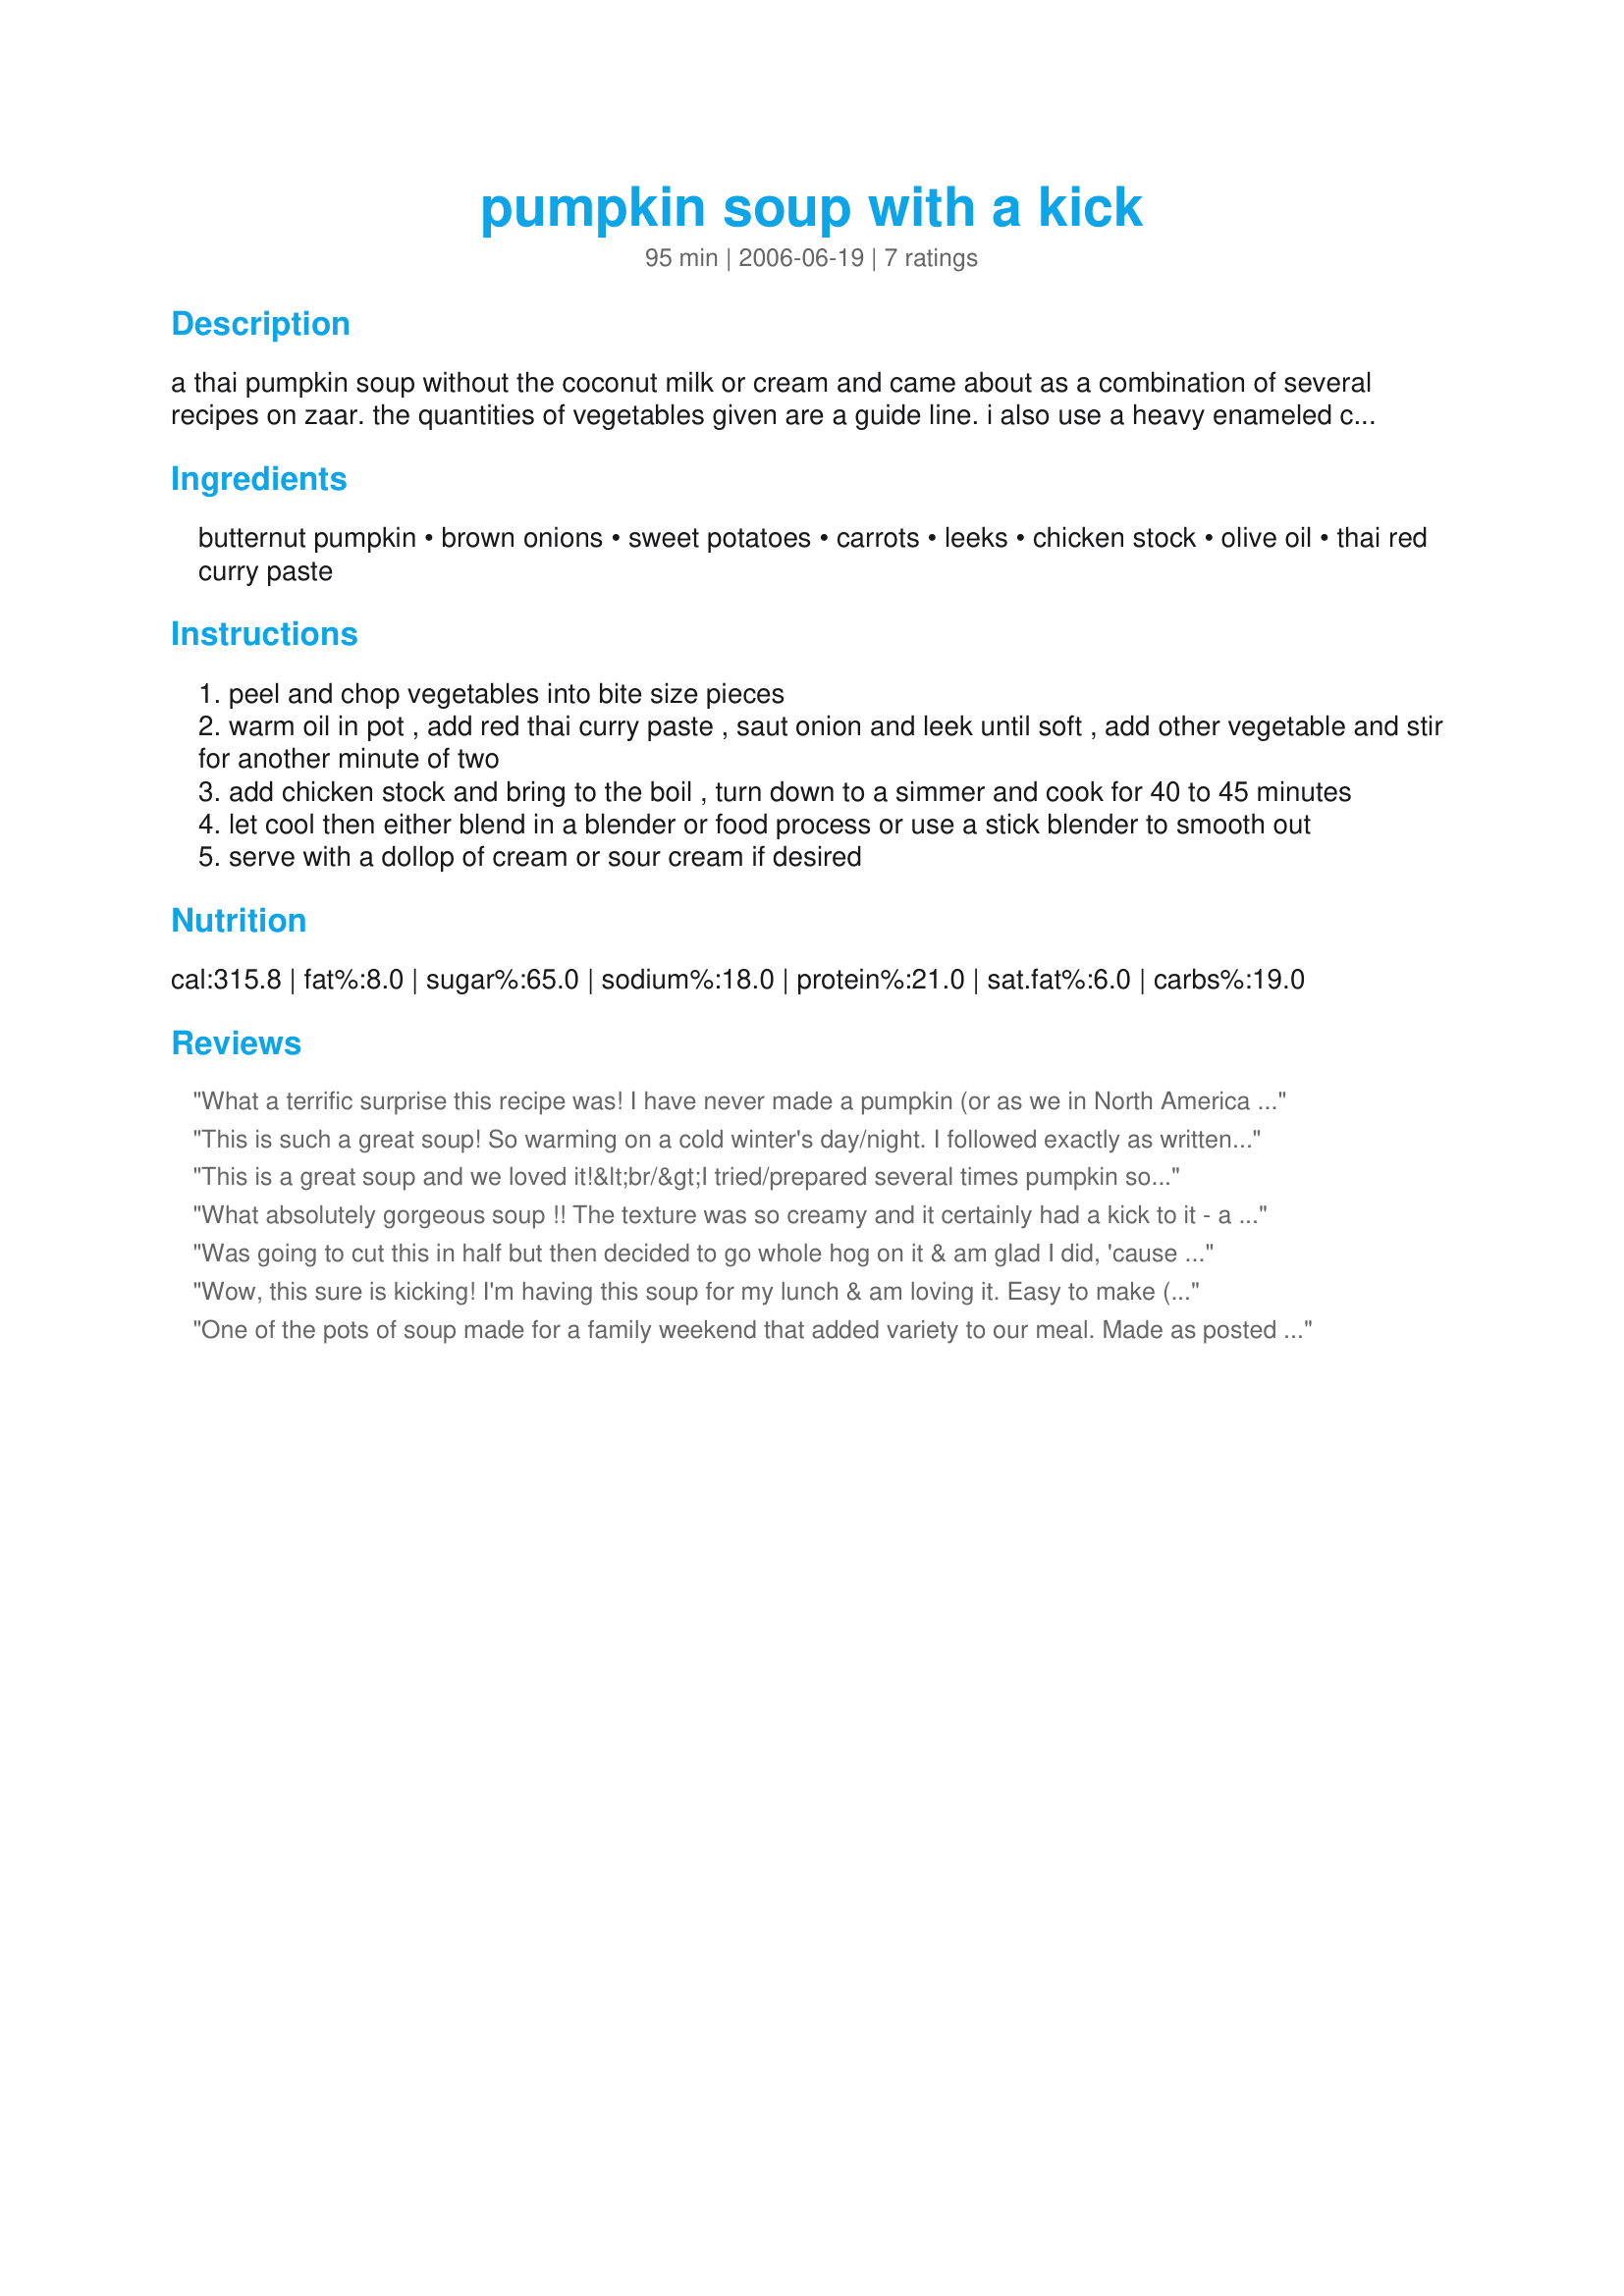
pumpkin soup with a kick
Preparation time: 95 minutes

a thai pumpkin soup without the coconut milk or cream and came about as a combination of several recipes on zaar. the quantities of vegetables given are a guide line. i also use a heavy enameled cast iron pot to cook in. will freeze well but needs to be blended when defrosted before heating. the preparation time is taken up in peeling and chopping vegetables you could use predone if available. also if you wanted to make it vegetarian use vegetable stock in place of chicken.

Ingredients:
butternut pumpkin, brown onions, sweet potatoes, carrots, leeks, chicken stock, olive oil, thai red curry paste

Steps:
peel and chop vegetables into bite size pieces
warm oil in pot , add red thai curry paste , saut onion and leek until soft , add other vegetable and stir for another minute of two
add chicken stock and bring to the boil , turn down to a simmer and cook for 40 to 45 minutes
let cool then either blend in a blender or food process or use a stick blender to smooth out
serve with a dollop of cream or sour cream if desired

Reviews:
What a terrific surprise this recipe was! I have never made a pumpkin (or as we in North America call it, Squash) soup before, so I was not too sure what to expect. If I could give this 10 stars, I would. It was just amazing, with a wonderful blend of flavours. For me, it yeilded about 12 one cup servings. For those who count WW points, this soup is 2 points per cup, and was really filling. I paired it with some nice grain bread and it was a meal by itself. We really loved this soup, call it pumpkin, call it squash....it's GREAT! :)
This is such a great soup!
So warming on a cold winter's day/night. I followed exactly as written although I only used 1 tablespoon of Thai red curry paste. So it was spicy yet not too overpowering for our tastes.
This soup is so thick and creamy, we loved it. I served the soup with toast and it was so filling, it made for a perfect lunch for this cold winters day!
This is a great soup and we loved it!&lt;br/&gt;I tried/prepared several times pumpkin soup with curry, but this the first time I tried it with a Thai red curry and it is an excellent recipe!&lt;br/&gt;Thanks a lot for posting this hit and the genial suggestion!
What absolutely gorgeous soup !! The texture was so creamy and it certainly had a kick to it - a big one as I used 2 tablespoons of red curry paste.It made an enormous amount too so to Chef Potts a big thankyou from me and my family.
Was going to cut this in half but then decided to go whole hog on it & am glad I did, 'cause it gave 2 of us two meals with a little left over! GREAT TASTING SOUP ~ I particularly liked the addition of the sweet potatoes, which I left unpeeled, but diced small before using! Used some homemade chicken stock & then used almost a tablespoon of the curry paste! We ABSOLUTELY LOVED IT & I'll be making it again! [Tagged, made & reviewed in Please Review My Recipe]
Wow, this sure is kicking! I'm having this soup for my lunch & am loving it. Easy to make (except for my stick blender dying) & makes lots of yummy soup. I used a different type of pumpkin, which was larger than butternut, so think I overdid the curry paste a little, but we like spicy food. Thanks Potts for sharing this keeper.
One of the pots of soup made for a family weekend that added variety to our meal. Made as posted using home made chicken stock, blending
with my Bamix which has the soup nice and smooth in short order. We all agreed it was nice and creamy. Used a tablespoon of the Thai Red Curry Paste which was about right for us. It's one that I will definetley make again. Made for Soup Is On.
